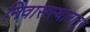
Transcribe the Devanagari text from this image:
निवासस्थानातून